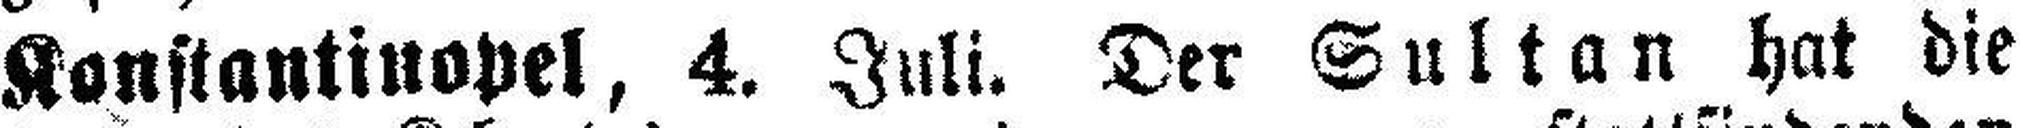
Konstantinopel, 4. Juli. Der Sultan hat die